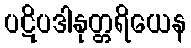
ပဋိပဒါနုတ္တရိယေန